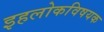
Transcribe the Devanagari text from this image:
इहलोकविषयक